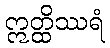
ဣတ္ထိဿရံ